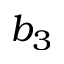
b _ { 3 }